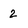
Character: 2